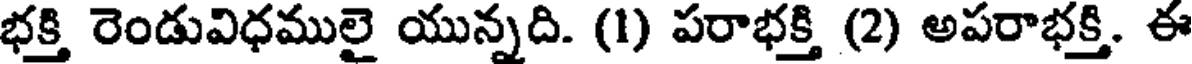
భక్తి రెండువిధములై యున్నది. (1) పరాభక్తి (2) అపరాభక్తి. ఈ